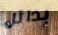
بدائل